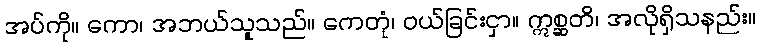
အပ်ကို။ ကော၊ အဘယ်သူသည်။ ကေတုံ၊ ဝယ်ခြင်းငှာ။ ဣစ္ဆတိ၊ အလိုရှိသနည်း။